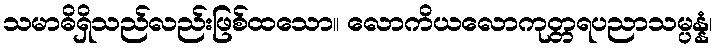
သမာဓိရှိသည်လည်းဖြစ်ထသော။ လောကိယလောကုတ္တရပညာသမ္ပန္နံ၊